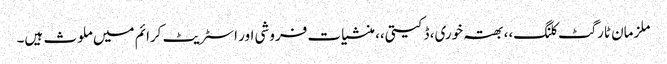
ملزمان ٹارگٹ کلنگ،، بھتہ خوری، ڈکیتی،، منشیات فروشی اور اسٹریٹ کرائم میں ملوث ہیں۔